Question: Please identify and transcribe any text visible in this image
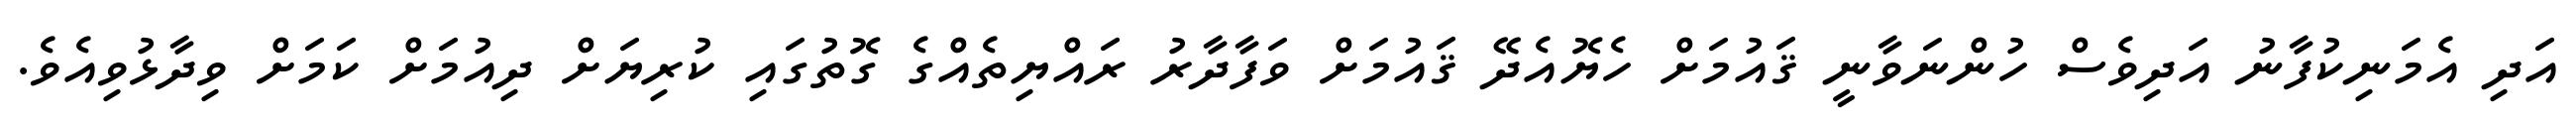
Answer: އަދި އެމަނިކުފާނު އަދިވެސް ހުންނަވާނީ ޤައުމަށް ހެޔޮއެދޭ ޤައުމަށް ވަފާދާރު ރައްޔިތެއްގެ ގޮތުގައި ކުރިޔަށް ދިއުމަށް ކަމަށް ވިދާޅުވިއެވެ.